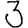
Digit: 3